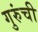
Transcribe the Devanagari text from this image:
गुरुंची